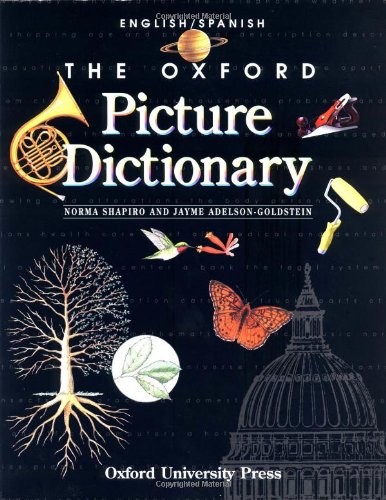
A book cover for The Oxford Picture Dictionary: English-Spanish Edition (The Oxford Picture Dictionary Program) (English and Spanish Edition); Norma Shapiro; Reference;